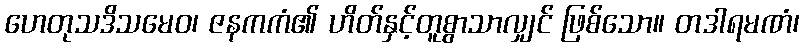
ဟေတုသဒိသမေဝ၊ ဇနကကံ၏ ဟိတ်နှင့်တူစွာသာလျှင် ဖြစ်သော။ တဒါရမဏံ၊